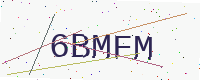
Text: 6BMFM